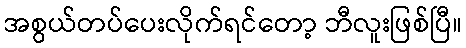
အစွယ်တပ်ပေးလိုက်ရင်တော့ ဘီလူးဖြစ်ပြီ။